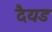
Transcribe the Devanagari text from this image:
दैयड